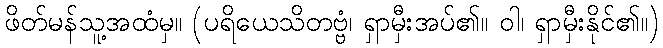
ဖိတ်မန်သူ့အထံမှ။ (ပရိယေသိတဗ္ဗံ၊ ရှာမှီးအပ်၏။ ဝါ၊ ရှာမှီးနိုင်၏။)